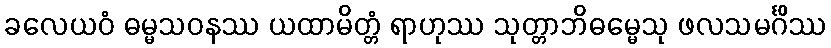
ခလေယဝံ ဓမ္မသဝနဿ ယထာမိတ္တံ ရာဟုဿ သုတ္တာဘိဓမ္မေသု ဖလသမင်္ဂိဿ